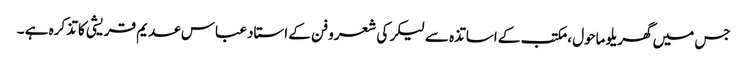
جس میں گھریلو ماحول ، مکتب کے اساتذہ سے لیکر کی شعرو فن کے استاد عباس عدیم قریشی کا تذکرہ ہے ۔